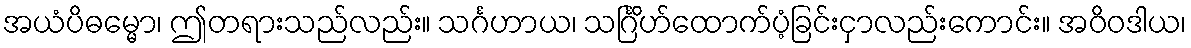
အယံပိဓမ္မော၊ ဤတရားသည်လည်း။ သင်္ဂဟာယ၊ သင်္ဂြိဟ်ထောက်ပံ့ခြင်းငှာလည်းကောင်း။ အဝိဝဒါယ၊